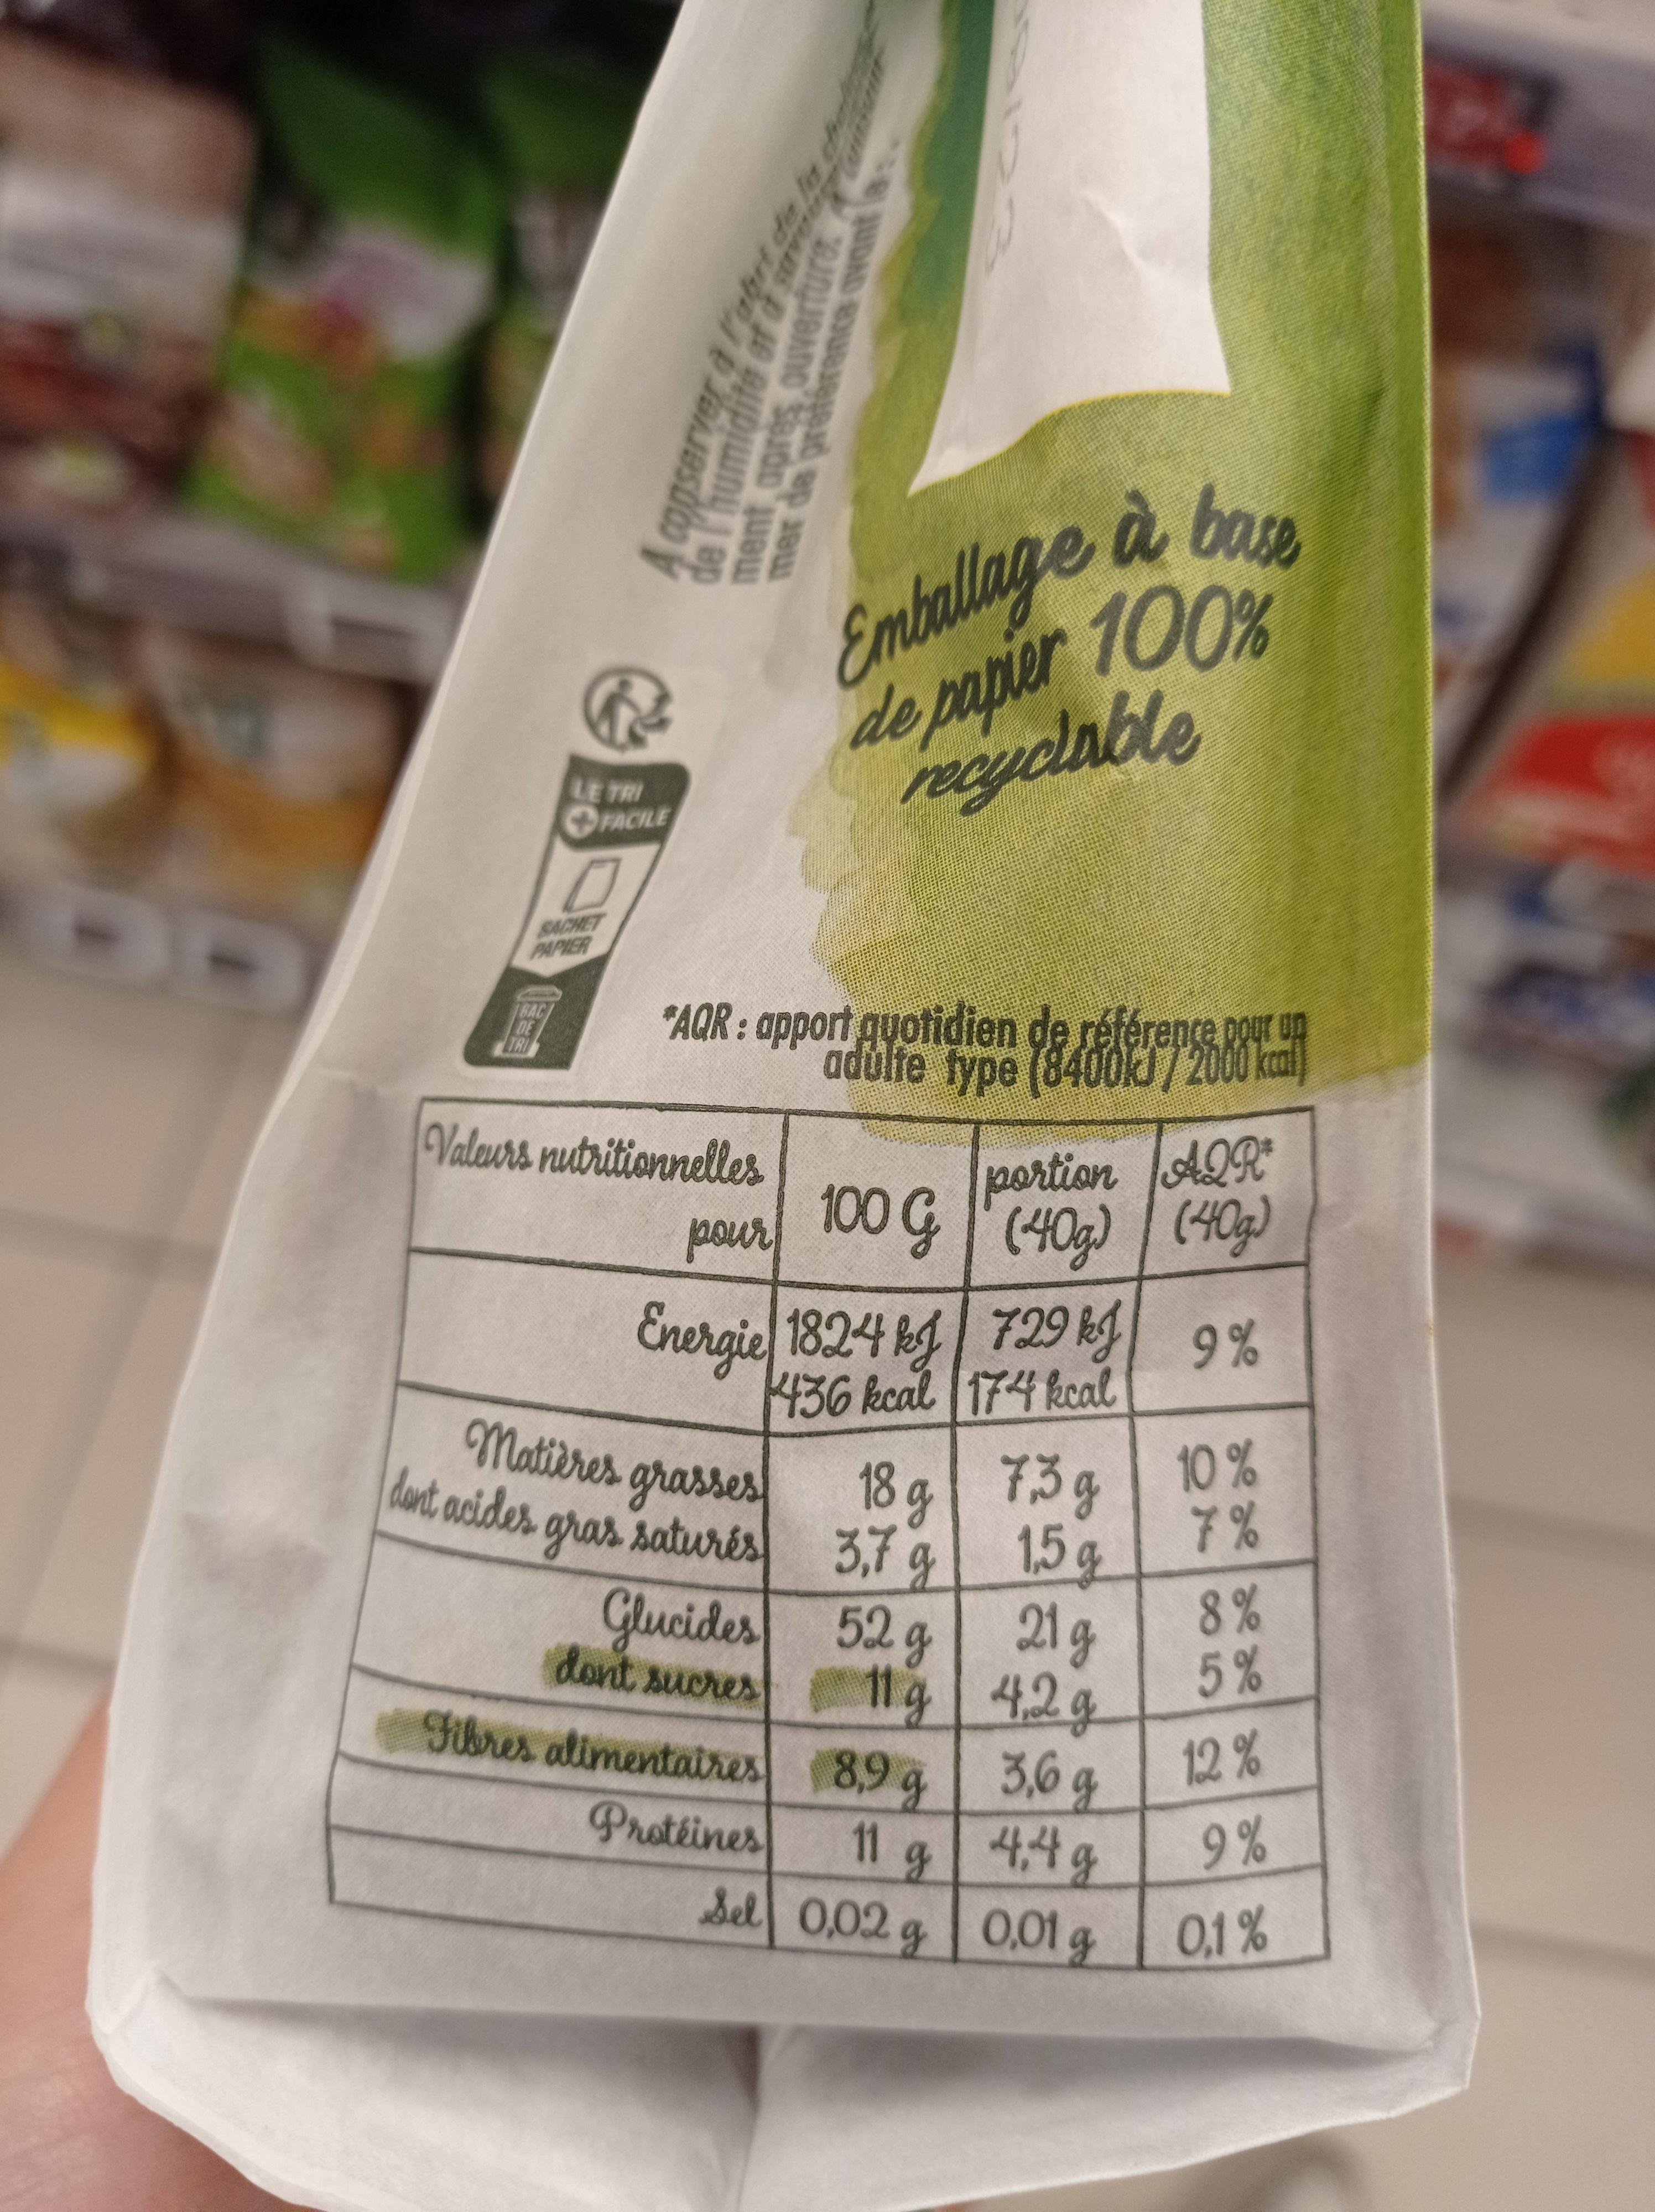
SACHET PAPIER
BAC
PR
LE TRI FACILE
DE TRI
Valeurs nutritionnelles
ment après ouverture. A conserver a rage de la chale
"AQR: apport quotidien de référence pour un adulte type (8400kJ/ 2000 kcal) K
Emballage à base de papier 100% recyclable
123
pour 100 G (40g) (40g)
portion AQR
Fibres alimentaires
Protéines
Energie 1824 kg
1436 kcal
729 kJ 9%
174 kcal
Matières grasses dant acides gras saturés 3,7 g 1,5 g 18 g 7,3 g
Glucides 52 g 21 g don't sucres
11g
4,2 g
8,9 g
11 g
3,6 g
g 4,4 g
Sel 0,02 g 0,01 g
10%
7%
878
8% 5%
12%
9%
0.1%